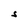
Character: S